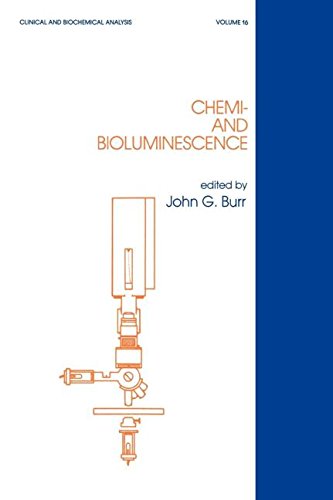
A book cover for Chemi- and Bioluminescence (Clinical and Biochemical Analysis); Burr; Science & Math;